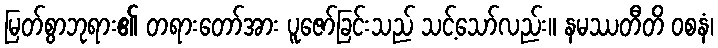
မြတ်စွာဘုရား၏ တရားတော်အား ပူဇော်ခြင်းသည် သင့်သော်လည်း။ နမဿတီတိ ဝစနံ၊